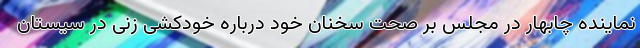
نماینده چابهار در مجلس بر صحت سخنان خود درباره خودکشی زنی در سیستان